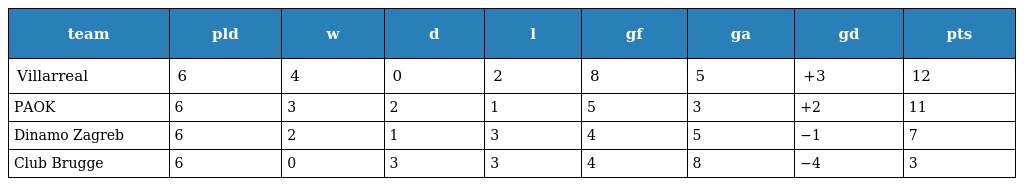
| team | pld | w | d | l | gf | ga | gd | pts |
 | --- | --- | --- | --- | --- | --- | --- | --- | --- |
 | Villarreal | 6 | 4 | 0 | 2 | 8 | 5 | +3 | 12 |
 | PAOK | 6 | 3 | 2 | 1 | 5 | 3 | +2 | 11 |
 | Dinamo Zagreb | 6 | 2 | 1 | 3 | 4 | 5 | −1 | 7 |
 | Club Brugge | 6 | 0 | 3 | 3 | 4 | 8 | −4 | 3 |